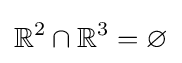
\mathbb {R} ^{2}\cap \mathbb {R} ^{3}=\varnothing